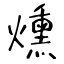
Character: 燻